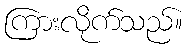
ကြားလိုက်သည်။